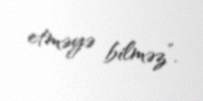
etməyə bilməz”.